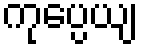
ကုပ္ပေယျ